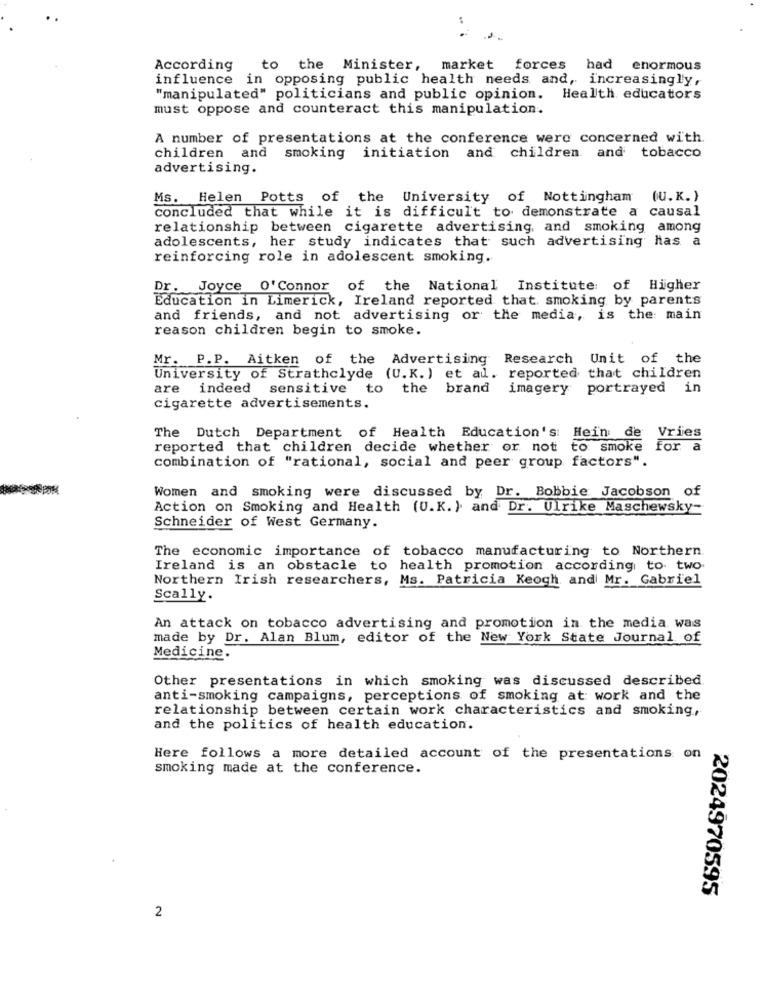
According
to the Minister, market forces had enormous
influence in opposing public health needs and, increasingly,
"manipulated" politicians and public opinion. Health educators
must oppose and counteract this manipulation.
A number of presentations at the conference were concerned with.
children and smoking initiation and children and tobacco
advertising.
Ms. Helen Potts of the
University of Nottingham
(U.K.)
concluded that while it is difficult to demonstrate a causal
relationship between cigarette advertising, and smoking among
adolescents, her study indicates that such advertising has a
reinforcing role in adolescent smoking.
Dr. Joyce O' Connor
of the National Institute of Higher
Education in Limerick, Ireland reported that smoking by parents
and friends, and not advertising or the media, is the main
reason children begin to smoke.
Mr. P.P. Aitken of the Advertising Research Unit of the
University of Strathclyde (U.K. ) et al. reported that children
are
indeed sensitive to the brand imagery portrayed in
cigarette advertisements.
The Dutch Department of Health Education's: Hein de Vries
reported that children decide whether or not
to smoke
for a
combination of "rational, social and peer group factors".
Women and smoking were discussed by Dr. Bobbie Jacobson of
Action on Smoking and Health (U.K.) and Dr. Ulrike Maschewsky-
Schneider of West Germany.
The economic importance of tobacco manufacturing to Northern
Ireland is an obstacle to health promotion according to two
Northern Irish researchers, Ms. Patricia Keogh and Mr. Gabriel
Scally.
An attack on tobacco advertising and promotion in the media was
made by Dr. Alan Blum, editor of the New York State Journal of
Medicine.
Other presentations in which smoking was discussed described
anti-smoking campaigns, perceptions of smoking at work and the
relationship between certain work characteristics and smoking,
and the politics of health education.
Here follows a more detailed account of the presentations on
smoking made at the conference.
2024970595
2